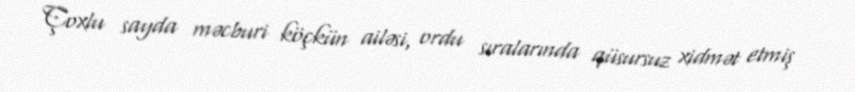
Çoxlu sayda məcburi köçkün ailəsi, ordu sıralarında qüsursuz xidmət etmiş